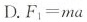
D.$$F_{1} = m a$$